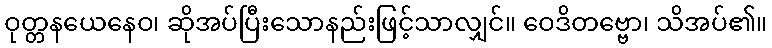
ဝုတ္တနယေနေဝ၊ ဆိုအပ်ပြီးသောနည်းဖြင့်သာလျှင်။ ဝေဒိတဗ္ဗော၊ သိအပ်၏။